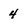
Character: 4